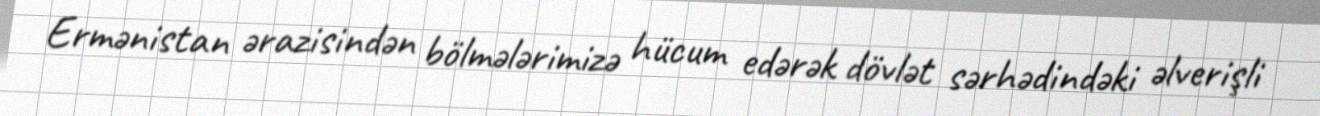
Ermənistan ərazisindən bölmələrimizə hücum edərək dövlət sərhədindəki əlverişli